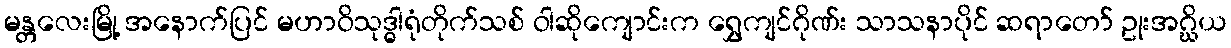
မန္တလေးမြို့ အနောက်ပြင် မဟာဝိသုဒ္ဓါရုံတိုက်သစ် ဝါဆိုကျောင်းက ရွှေကျင်ဂိုဏ်း သာသနာပိုင် ဆရာတော် ဥုးအဂ္ဃိယ